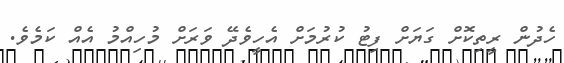
ހެދުން ރީތިކޮށް ގަޔަށް ފިޓު ކުރުމަށް އެހީވެދޭ ވަރަށް މުހިއްމު އެއް ކަމެވެ.